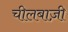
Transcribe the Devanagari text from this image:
चीलबाज़ी